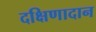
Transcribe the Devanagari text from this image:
दक्षिणादान